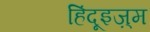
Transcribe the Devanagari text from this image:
हिंदूइज़्म